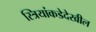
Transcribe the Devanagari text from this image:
स्त्रियांकडेदेखील